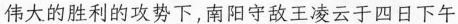
伟大的胜利南攻势下，南阳守敌王凌云于四日下午